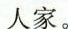
人家。